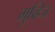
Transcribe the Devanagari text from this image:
मुव्हिज